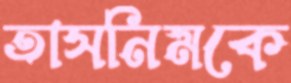
তাসনিমকে